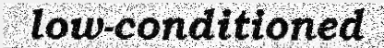
low-conditioned